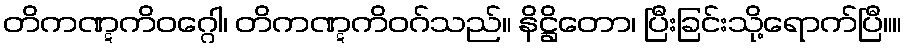
တိကဏ္ဋကိဝဂ္ဂေါ၊ တိကဏ္ဋကိဝဂ်သည်။ နိဋ္ဌိတော၊ ပြီးခြင်းသို့ရောက်ပြီ။။